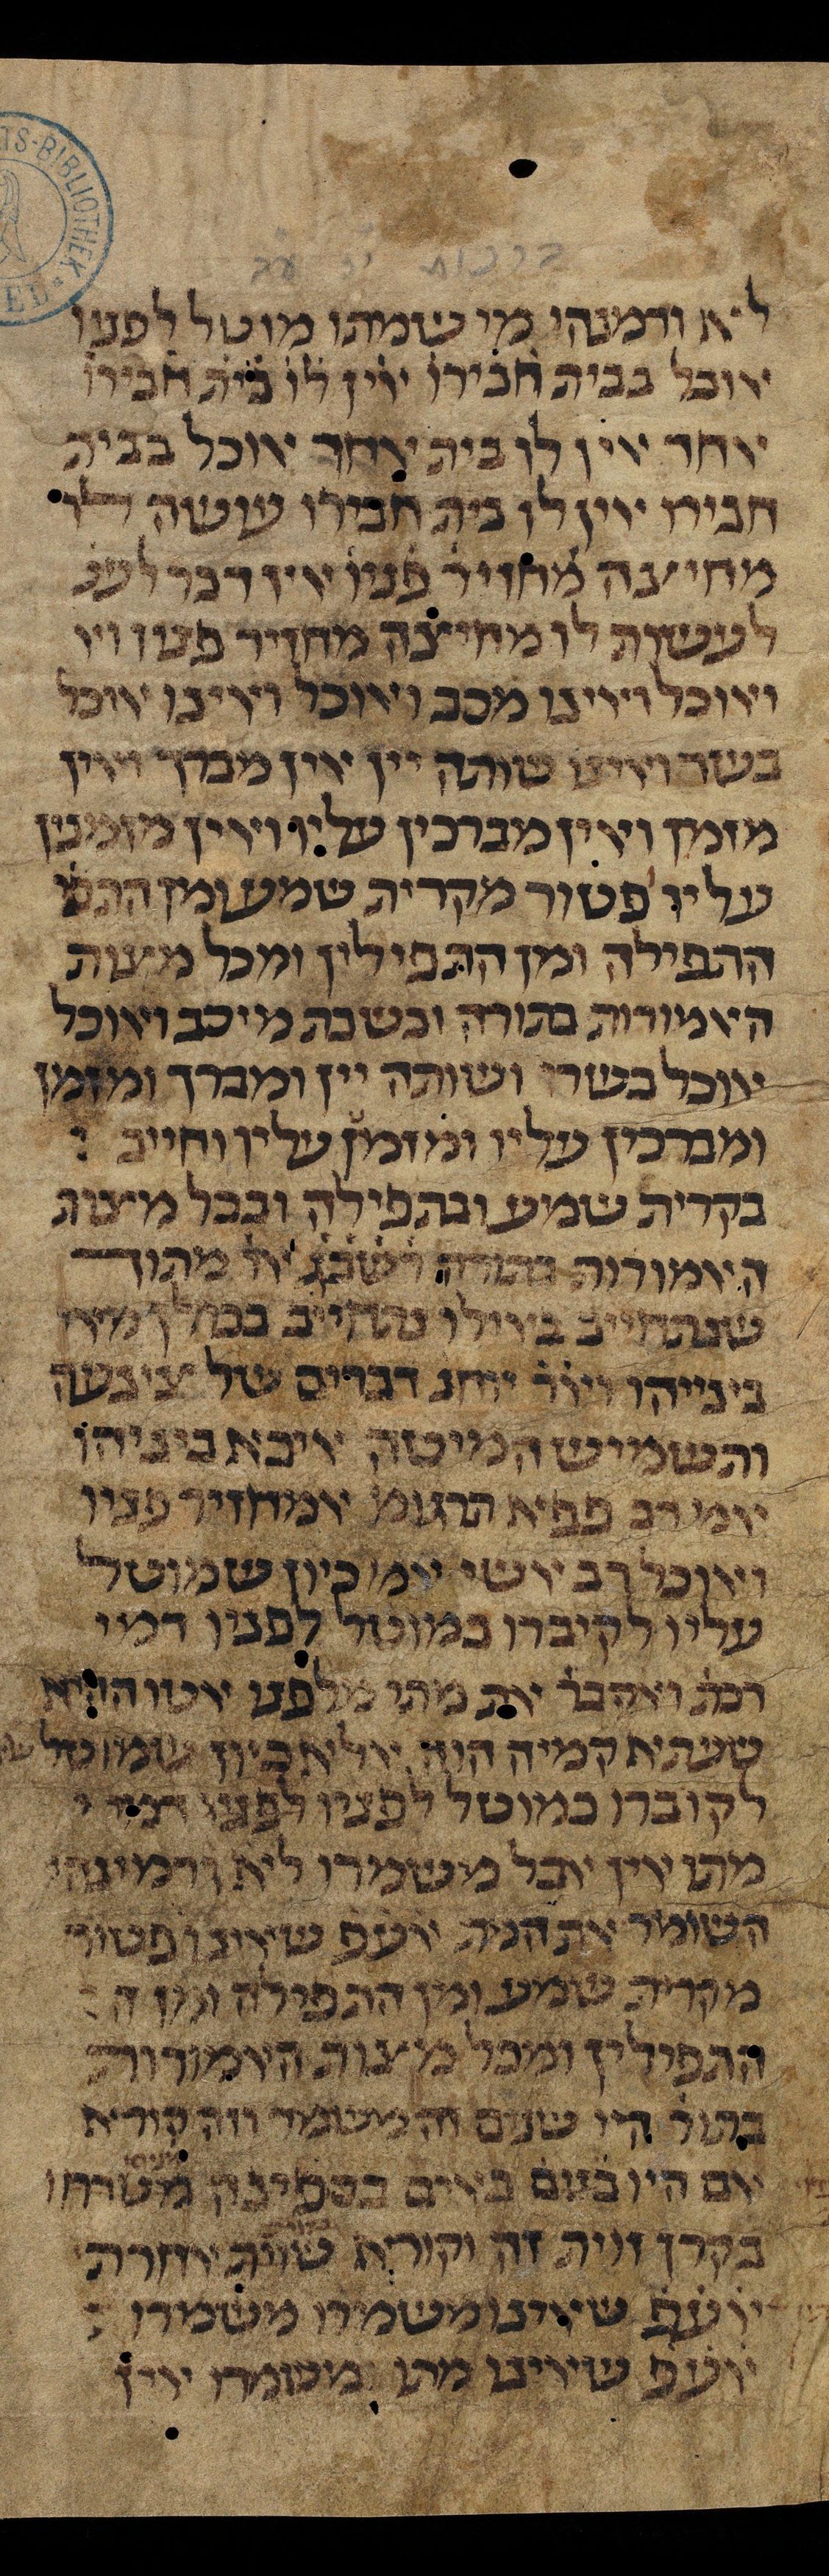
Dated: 1385–1399